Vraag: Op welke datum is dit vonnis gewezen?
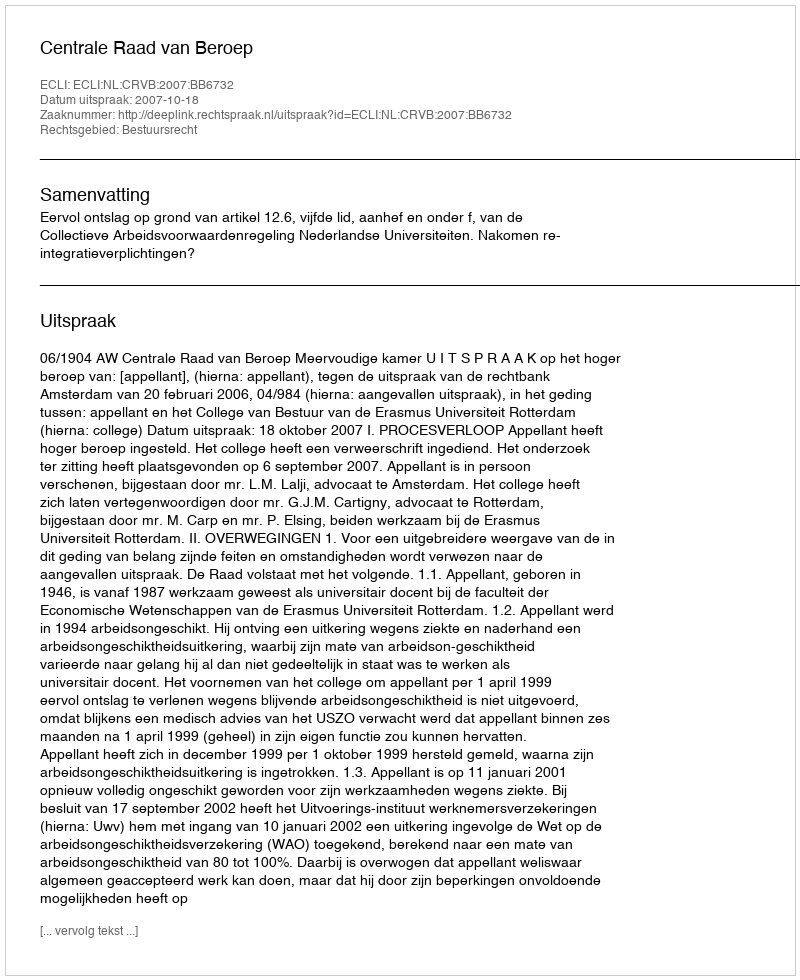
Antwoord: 2007-10-18